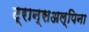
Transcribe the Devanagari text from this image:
ट्रान्सअल्पिना